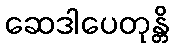
ဆေဒါပေတုန္တိ